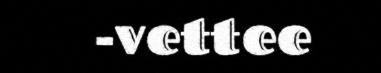
-vettee